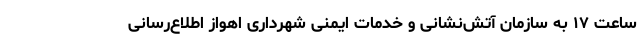
ساعت ۱۷ به سازمان آتش‌نشانی و خدمات ایمنی شهرداری اهواز اطلاع‌رسانی